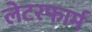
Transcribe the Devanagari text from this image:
लेटरफार्म